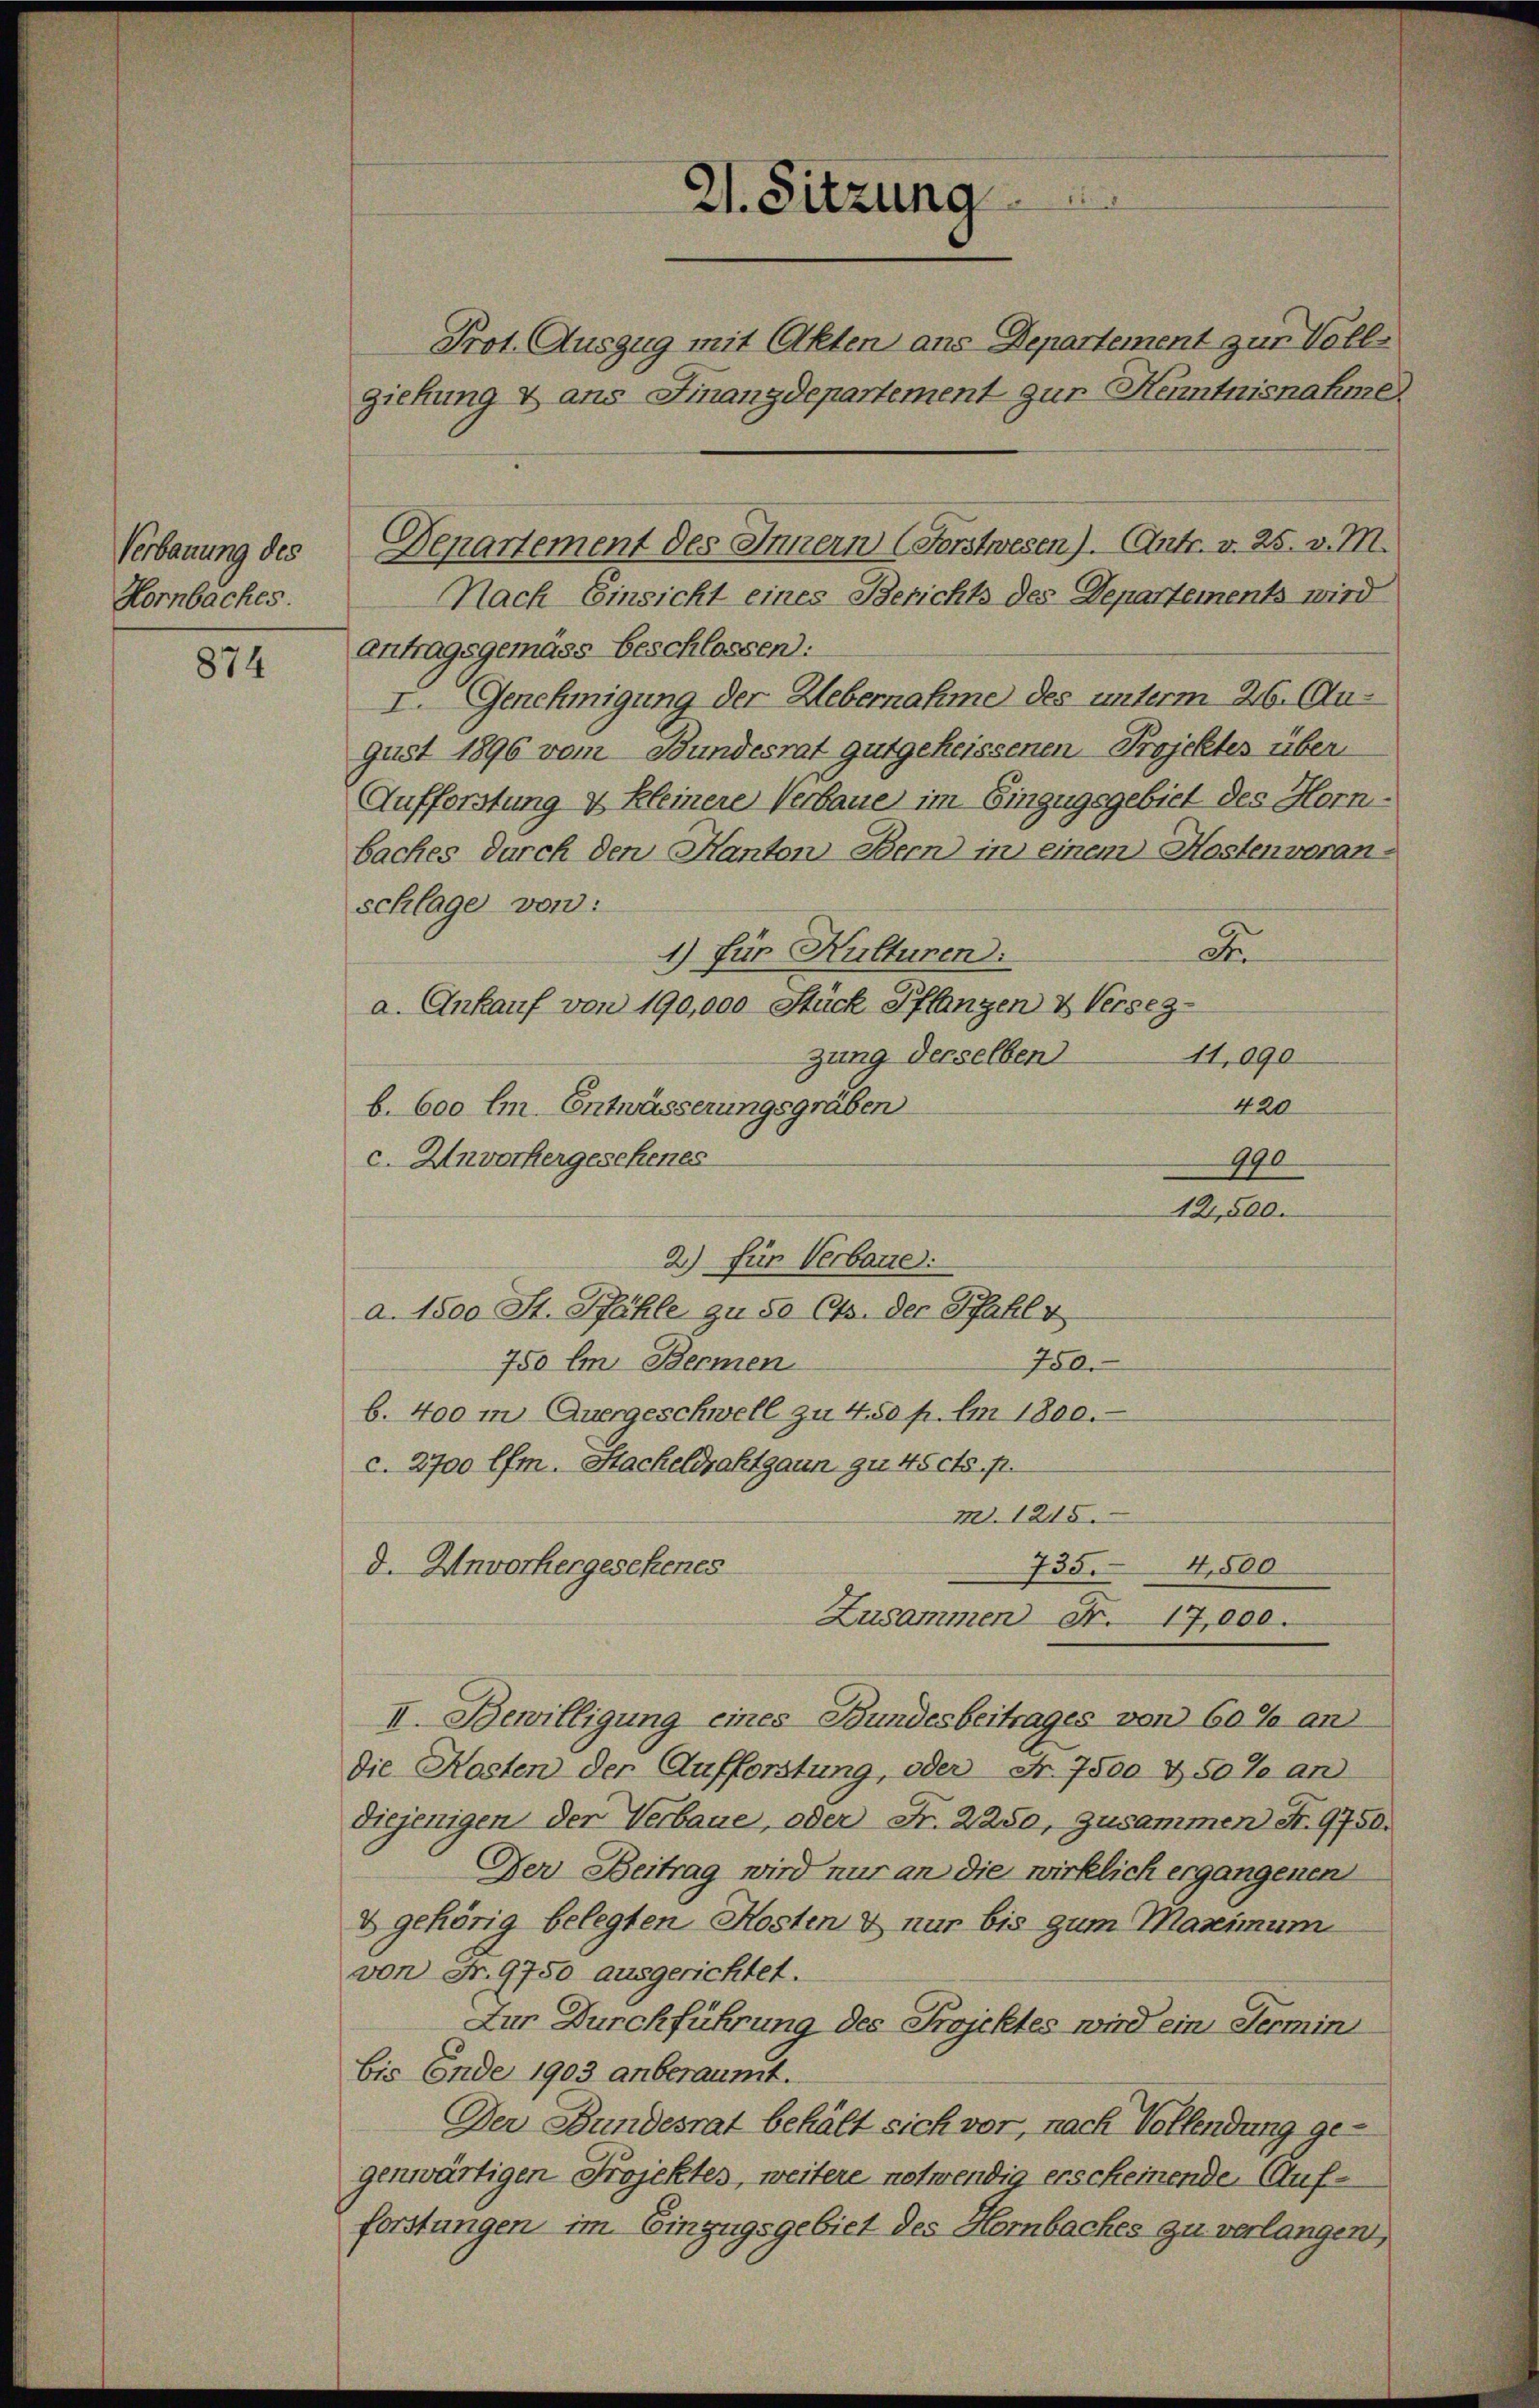
Verbauung des
Hornbaches.

874

2. Sitzung

Nach Einsicht eines Berichts des Departements wird
antragsgemäss beschlossen:
I. Genehmigung der Uebernahme des unterm 26. August 1896 vom Bundesrat gutgeheissenen Projektes über
Aufforstung & Kleinere Verbaue im Einzugsgebiet des Hornbaches durch den Kanton Bern) in einem Mostenvoran-
schlage von:
D
1) für Kulturen:
a. Ankauf von 190,000 Stück Pflanzen & Versezzung derselben
11,090
420
b. 600 l. Entwässerungsgräben
c. Unvorhergesehenes
b. 400 in Auergeschwell zu 4.50 p. Im 1800.
c. 2700 lfen. Stackeldrahtgaun zu 45 cts. p.
M. 1215.
735.
4,500
d. Unvorhergesehenes
Zusammen Fr. 17,000.
II. Bewilligung eines Bundesbeitrages von 60% an
die Kosten der Aufforstung, oder Nr. 7500 & 50% an
diejenigen der Verbaue, oder Fr. 2250, Zusammen S. 9750.
Der Beitrag wird nur an die wirklich ergangenen
V gehörig belegten Kosten & nur bis zum Maximum
von Fr. 9750 ausgerichtet.
Zur Durchführung des Projektes wird ein Termini
bis Ende 1903 anberaumt.
Der Bundesrat behält sich vor, nach Vollendung gegenwärtigen Projektes, weitere notwendig erscheinende Aufforstungen im Einzugsgebiet des Horbaches zu verlangen,

giehung & ans Finanzdepartement zur Kenntnisnahme.

Denartement des Innern (Forstwesen). Antr. v. 25. v. M.

Prot. Auszug mit Akten ans Departement zur Voll¬

2) für Verbaue
a. 1500 St. Pfähle zu 50 Cts. der Pfahl v
750.
750 im Bermen

990
12,500.